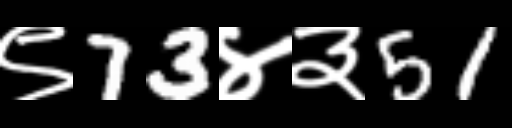
Text: ९73४३51